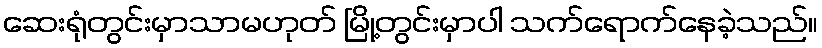
ဆေးရုံတွင်းမှာသာမဟုတ် မြို့တွင်းမှာပါ သက်ရောက်နေခဲ့သည်။